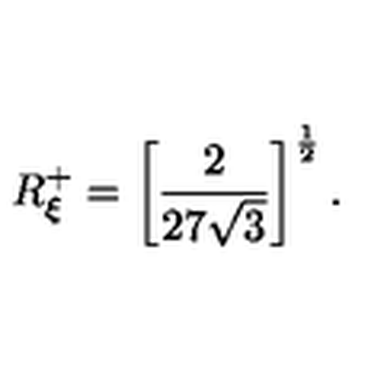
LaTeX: R _ { \xi } ^ { + } = \left[ \frac { 2 } { 2 7 \sqrt { 3 } } \right] ^ { \frac { 1 } { 2 } } .